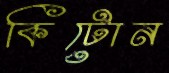
কিটোন